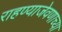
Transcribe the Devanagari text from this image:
राहण्याजेवणाच्या